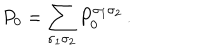
LaTeX: P _ { 0 } = \sum _ { \sigma _ { 1 } \sigma _ { 2 } } P _ { 0 } ^ { \sigma _ { 1 } \sigma _ { 2 } } \, .